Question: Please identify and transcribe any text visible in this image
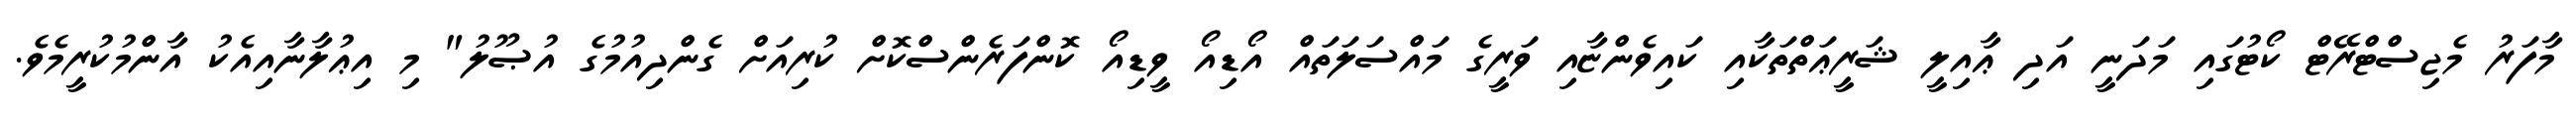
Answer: މާފަރު މެޖިސްޓްރޭޓް ކޯޓުގައި މަދަނީ އަދި ޢާއިލީ ޝަރީޢަތްތަކާއި ކައިވެންޏާއި ވަރީގެ މައްސަލަތައް އޯޑިއޯ ވީޑިއޯ ކޮންފަރެންސްކޮށް ކުރިއަށް ގެންދިއުމުގެ އުޞޫލު" މި އިޢުލާނާއިއެކު އާންމުކުރީމެވެ.